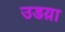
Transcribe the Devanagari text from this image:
उडय़ा